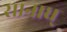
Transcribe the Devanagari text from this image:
सानाध्